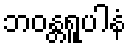
ဘဝန္တရူပါနံ